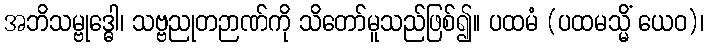
အဘိသမ္ဗုဒ္ဓေါ၊ သဗ္ဗညုတဉာဏ်ကို သိတော်မူသည်ဖြစ်၍။ ပထမံ (ပထမသ္မိံ ယေဝ)၊